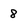
Character: 8